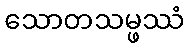
သောတသမ္ဖဿံ